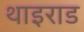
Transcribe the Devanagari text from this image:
थाइराड